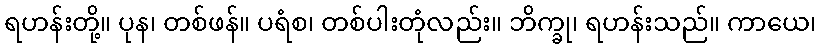
ရဟန်းတို့။ ပုန၊ တစ်ဖန်။ ပရံစ၊ တစ်ပါးတုံလည်း။ ဘိက္ခု၊ ရဟန်းသည်။ ကာယေ၊